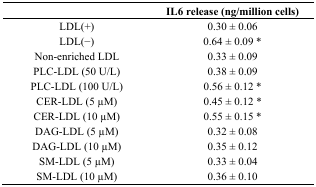
<table><thead><tr><td></td><td><b>IL6 release (ng/million cells)</b></td></tr></thead><tbody><tr><td>LDL(+)</td><td>0.30 ± 0.06</td></tr><tr><td>LDL(−)</td><td>0.64 ± 0.09 *</td></tr><tr><td>Non-enriched LDL</td><td>0.33 ± 0.09</td></tr><tr><td>PLC-LDL (50 U/L)</td><td>0.38 ± 0.09</td></tr><tr><td>PLC-LDL (100 U/L)</td><td>0.56 ± 0.12 *</td></tr><tr><td>CER-LDL (5 μM)</td><td>0.45 ± 0.12 *</td></tr><tr><td>CER-LDL (10 μM)</td><td>0.55 ± 0.15 *</td></tr><tr><td>DAG-LDL (5 μM)</td><td>0.32 ± 0.08</td></tr><tr><td>DAG-LDL (10 μM)</td><td>0.35 ± 0.12</td></tr><tr><td>SM-LDL (5 μM)</td><td>0.33 ± 0.04</td></tr><tr><td>SM-LDL (10 μM)</td><td>0.36 ± 0.10</td></tr></tbody></table>